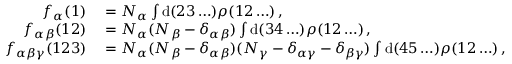
\begin{array} { r l } { f _ { \alpha } ( 1 ) } & { { } = N _ { \alpha } \int \mathrm { d } ( 2 3 \ldots ) \rho ( 1 2 \ldots ) \, , } \\ { f _ { \alpha \beta } ( 1 2 ) } & { { } = N _ { \alpha } ( N _ { \beta } - \delta _ { \alpha \beta } ) \int \mathrm { d } ( 3 4 \ldots ) \rho ( 1 2 \ldots ) \, , } \\ { f _ { \alpha \beta \gamma } ( 1 2 3 ) } & { { } = N _ { \alpha } ( N _ { \beta } - \delta _ { \alpha \beta } ) ( N _ { \gamma } - \delta _ { \alpha \gamma } - \delta _ { \beta \gamma } ) \int \mathrm { d } ( 4 5 \ldots ) \rho ( 1 2 \ldots ) \, , } \end{array}